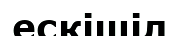
ескішіл